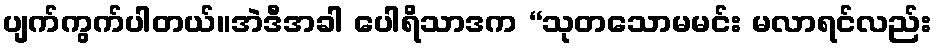
ပျက်ကွက်ပါတယ်။အဲဒီအခါ ပေါရိသာဒက “သုတသောမမင်း မလာရင်လည်း